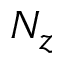
N _ { z }